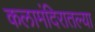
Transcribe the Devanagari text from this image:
कलामंदिरातल्या